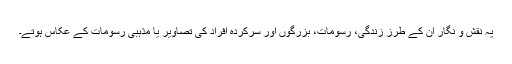
یہ نقش و نگار ان کے طرز زندگی، رسومات، بزرگوں اور سرکردہ افراد کی تصاویر یا مذہبی رسومات کے عکاس ہوتے۔